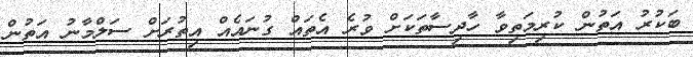
ބަކުރު އަތުން ކުރިމަތިވާ ހާދިސާތަކަށް ވުރެ އެތައް ގުނައެއް އިތުރަށް ސަލްމާނު އަތުން